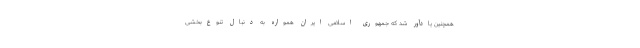
همچنین یادآور شد که جمهوری اسلامی ایران همواره به دنبال تنوع‌بخشی